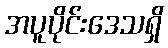
အပူပိုင်းဒေသရှိ